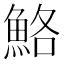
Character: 鮥